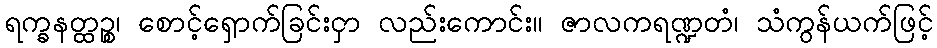
ရက္ခနတ္ထဉ္စ၊ စောင့်ရှောက်ခြင်းငှာ လည်းကောင်း။ ဇာလကရဏ္ဍတံ၊ သံကွန်ယက်ဖြင့်